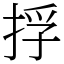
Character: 捊